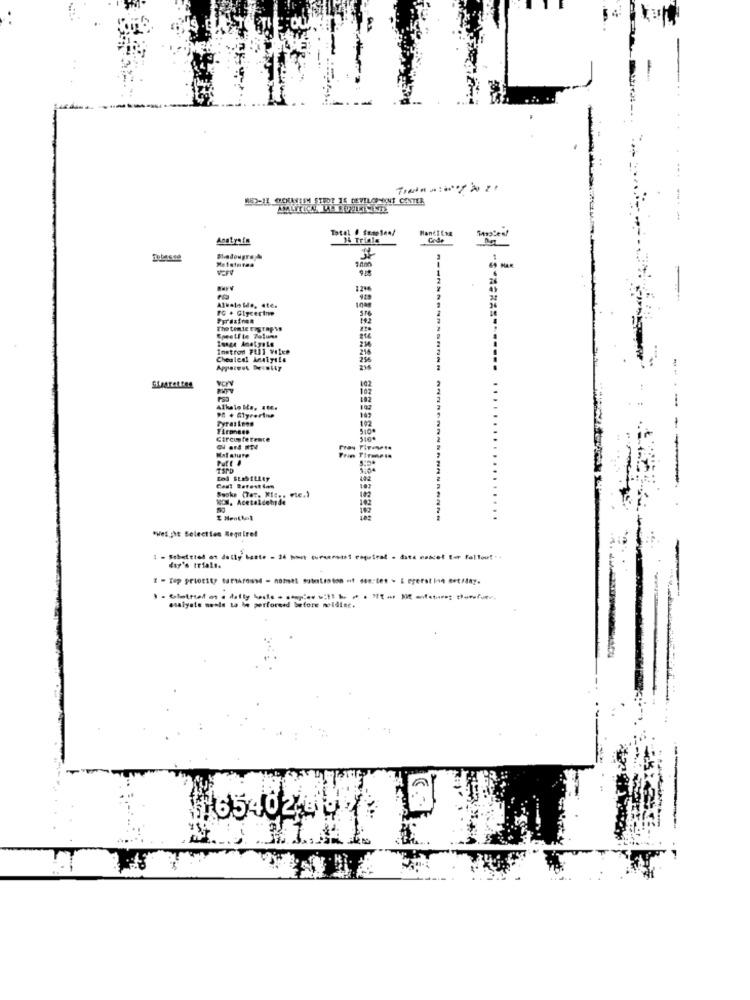
Total / Suseien/
Anatrafe
16 Trials
Code
Mladougre
65 HAR
121
FG . Glycerine
Tho tente tograp ys
Inattod Full Vilxe
-----
Cheuleal Analyste
102
Straretres
Alkalo I .. .. 6.
102
192
Mat ature
Putt
Sooke (Tat. Kic .. etc.)
NON, Acetaldehide
102
"Het ht Selecties Require!
1 - Sebetsied of dolly beate - 3 mast coreanoost routral _ date nawet for fallout".
day's trials.
I - Top priority tartArosml - nomel subotroton of son:tes - & egerat inn set /dny.
analyste needs to be performed before molding.
6 .-
1.6540269 ?